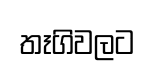
තෑගිවලට